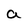
Character: a